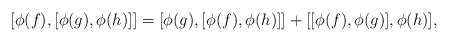
\begin{align*}[\phi(f), [\phi(g), \phi(h)]] = [\phi(g),[\phi(f), \phi(h)]]+ [[\phi(f), \phi(g)], \phi(h)] ,\end{align*}